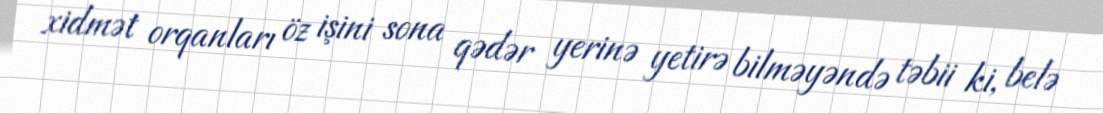
xidmət orqanları öz işini sona qədər yerinə yetirə bilməyəndə təbii ki, belə